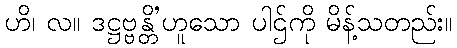
ဟိ၊ လ။ ဒဋ္ဌဗ္ဗန္တိ’ဟူသော ပါဌ်ကို မိန့်သတည်း။